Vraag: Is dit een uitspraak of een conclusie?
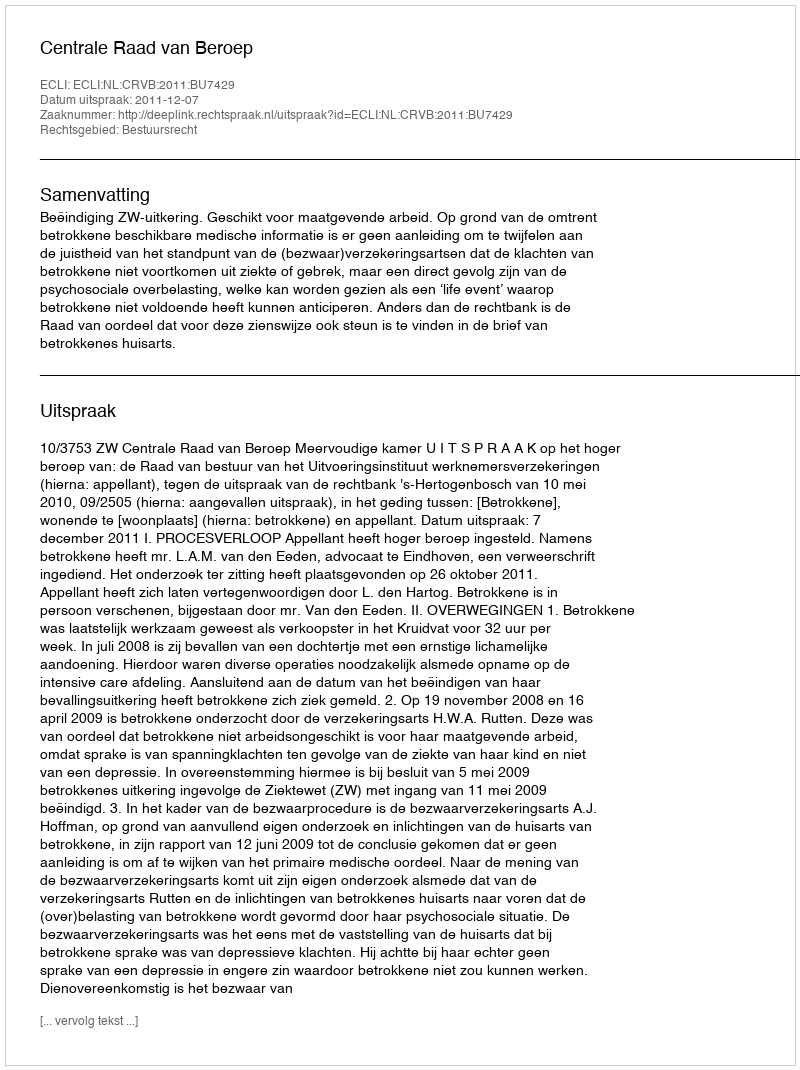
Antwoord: Uitspraak